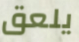
يلعق